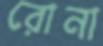
রোনা